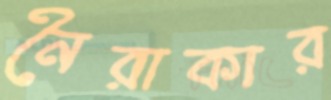
নৈরাকার